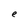
Character: e